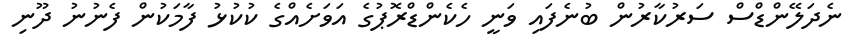
ނެދަލޭންޑްސް ސަރުކާރުން ބުނެފައި ވަނީ ހެކެންޑްރޮޕުގެ އަވަށެއްގެ ކުކުޅު ފާމަކުން ފެނުނު ދޫނި